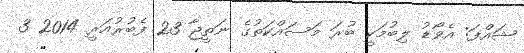
ޝައްފަ: އެވޯޑު ލިބުމަކީ ބުރަ މަސައްކަތުގެ ނަތީޖާ 23 ފެބުރުއަރީ 2014 3